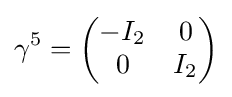
\gamma ^{5}={\begin{pmatrix}-I_{2}&0\\0&I_{2}\end{pmatrix}}